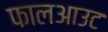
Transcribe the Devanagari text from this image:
फालआउट